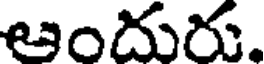
ఆందురు.